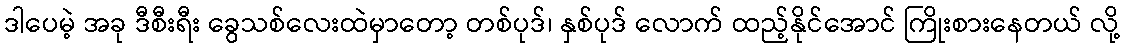
ဒါပေမဲ့ အခု ဒီစီးရီး ခွေသစ်လေးထဲမှာတော့ တစ်ပုဒ်၊ နှစ်ပုဒ် လောက် ထည့်နိုင်အောင် ကြိုးစားနေတယ် လို့